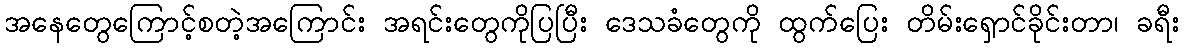
အနေတွေကြောင့်စတဲ့အကြောင်း အရင်းတွေကိုပြပြီး ဒေသခံတွေကို ထွက်ပြေး တိမ်းရှောင်ခိုင်းတာ၊ ခရီး